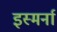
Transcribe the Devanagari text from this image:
इस्मर्ना